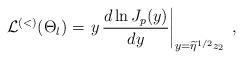
LaTeX: \begin{align*}{\mathcal L}^{(<)} (\Theta_{l}) =\left.y\,\frac{d \ln J_{p}(y) }{dy}\right|_{y=\widetilde{\eta}^{1/2}z_{2}}\; ,\end{align*}